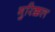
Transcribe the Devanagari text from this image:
गुरिक्कल